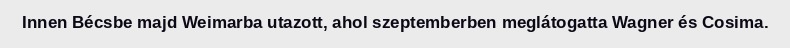
Innen Bécsbe majd Weimarba utazott, ahol szeptemberben meglátogatta Wagner és Cosima.